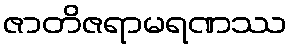
ဇာတိဇရာမရဏဿ